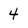
Character: 4